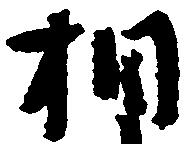
相